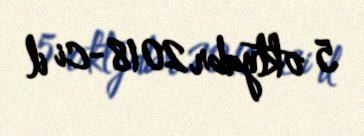
5 oktyabr 2018-ci il